Medical and sanitary report of the native army of Bengal for the year
Year: 1878
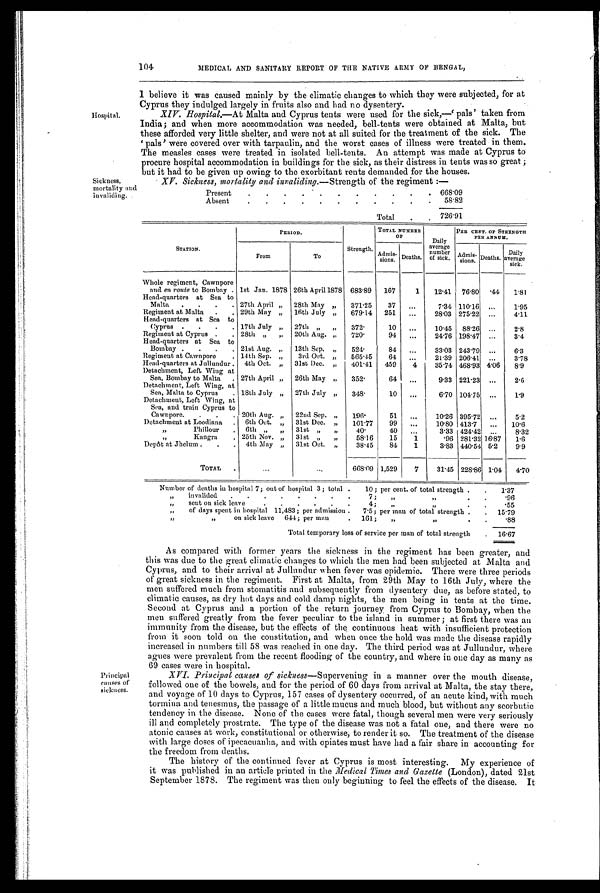
Hospital.
Sickness,
mortality and
invaliding.
104 MEDICAL AND SANITARY REPORT OF THE NATIVE ARMY OF BENGAL,
I believe it was caused mainly by the climatic changes to which they were subjected, for at
Cyprus they indulged largely in fruits also and had no dysentery.
XIV. Hospital.— At Malta and Cyprus tents were used for the sick,—' pals' taken from
India; and when more accommodation was needed, bell-tents were obtained at Malta; but
these afforded very little shelter, and were not at all suited for the treatment of the sick. The
'pals' were covered over with tarpaulin, and the worst cases of illness were treated in them.
The measles cases were treated in isolated bell-tents. An attempt was made at Cyprus to
procure hospital accommodation in buildings for the sick, as their distress in tents was so great ;
but it had to be given up owing to the exorbitant rents demanded for the houses.
XV. Sickness, mortality and invaliding.— Strength of the regiment :—
Present
.
. . . .
.
.
. . .
. 668.09
Absent
.
. .
. . .
.
. .
.
. 58.82
Total .
726.91
STATION.
PERIOD.
Strength.
TOTAL NUMBER
OF
Daily
average
number of si ck.
PER CENT. OF STRENGTH
PER ANNUM.
From
To
Admis- sions. Deaths.
Admis-
sions. Deaths. Daily
average
sick.
Whole regiment, Cawnpore
and en route to Bombay . 1st Jan. 1878 26th April 1878 683.89 167
1 12.41 76.80
. 4 4 1.81
Head-quarters at Sea to
Malta . . . . 27th April „ 28th May „ 371.25
37 ...
7.34 110.16 ...
1.95
Regiment at Malta . . 29th May „ 16th July „ 679.14 251 ...
28.03 275.22 ...
4.11
Head-quarters at Sea to
Cyprus . . . . 17th July
„
27th „ „ 372.
10 ...
10.45 88.26 ...
2.8
Regiment at Cyprus . . 28th „ „ 20th Aug. „ 720.
94 ...
24.76 198.47 ...
3.4
Head-quarters at Sea to
Bombay . . . . 21st Aug. „ 13th Sep. „ 524.
84 ...
33.03 243.79 ...
6.3
Regiment at Cawnpore
. 14th Sep.
„
3rd Oct. „ 565.45
64 ...
21.39 206.41 ...
3.78
Head-quarters at Jullundur . 4th Oct.
„
31st Dec.
„
401.41 459 4
35.74 468.93 4.06 8.9
Detachment, Left Wing at
Sea, Bombay to Malta . 27th April „ 26th May
„
352.
64 ...
9.33 221.23 ...
2.6
Detachment, Left Wing, at
Sea, Malta to Cyprus . 18th July „ 27th July „ 348.
10
. . .
6.70 104.75 ...
1.9
Detachment, Left Wing, at
Sea, and train Cyprus to
Cawnpore. . . . 20th Aug. „ 22nd Sep.
„
196.
51
. . .
10.26 395.72 ...
5.2
Detachment at Loodiana . 6th Oct.
„
31st Dec.
„
101.77
99 ...
10.80 413.7 ... 10.6
„
Phillour . 6th „
„
31st
„ „
4 0 .
40 ...
3.33 424.42 ...
8.32
„
Kangra . 25th Nov. „ 31st
„ „
58.16 15
1
.96 281.32 16.87 1.6
Depôt at Jhelum . . . 4th May „ 31st Oct.
„
38.45 84
1
3.83 440.54 5.2 9.9
TOTAL
. . .
. . . 668.09 1,529
7
31.45 228.86 1.04 4.70
Number of deaths in hospital 7; out of hospital 3; total . 10; per cent. of total strength . . 1.37
„ invalided . . . .
. . . .
7;
„ „
. .
.96
„
sent on sick leave
. . . . . .
4; „ „
. .
.55
„ of days spent in hospital 11,483; per admission . 7.5; per man of total strength . . 15.79
„ „
on sick leave 644; per man
. 161; „
„
. .
.88
Total temporary loss of service per man of total strength . 16.67
Principal
causes of
sickness.
As compared with former years the sickness in the regiment has been greater, and
this was due to the great climatic changes to which the men had been subjected at Malta and
Cyprus, and to their arrival at Jullundur when fever was epidemic. There were three periods
of great sickness in the regiment. First at Malta, from 29th May to 16th July, where the
men suffered much from stomatitis and subsequently from dysentery due, as before stated, to
climatic causes, as dry hot days and cold damp nights, the men being in tents at the time.
Second at Cyprus and a portion of the return journey from Cyprus to Bombay, when the
men suffered greatly from the fever peculiar to the island in summer ; at first there was an
immunity from the disease, but the effects of the continuous heat with insufficient protection
from it soon told on the constitution, and when once the hold was made the disease rapidly
increased in numbers till 58 was reached in one day. The third period was at Jullundur, where
agues were prevalent from the recent flooding of the country, and where in one day as many as
69 cases were in hospital.
XVI. Principal causes of sickness—Supervening in a manner over the mouth disease,
followed one of the bowels, and for the period of 60 days from arrival at Malta, the stay there,
and voyage of 10 days to Cyprus, 157 cases of dysentery occurred, of an acute kind, with much
tormina and tenesmus, the passage of a little mucus and much blood, but without any scorbutic
tendency in the disease. None of the cases were fatal, though several men were very seriously
ill and completely prostrate. The type of the disease was not a fatal one, and there were no
atonic causes at work, constitutional or otherwise, to render it so. The treatment of the disease
with large doses of ipecacuanha, and with opiates must have had a fair share in accounting for
the freedom from deaths.
The history of the continued fever at Cyprus is most interesting. My experience of
it was published in an article printed in the Medical Times and Gazette (London), dated 21st
September 1878. The regiment was then only beginning to feel the effects of the disease. It